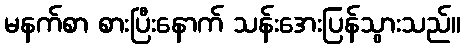
မနက်စာ စားပြီးနောက် သန်းအေးပြန်သွားသည်။